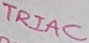
Text: TRIAC